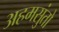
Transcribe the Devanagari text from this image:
अहमसुंतो